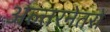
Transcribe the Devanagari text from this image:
अल्तरनेतरों